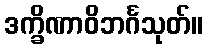
ဒက္ခိဏာဝိဘင်္ဂသုတ်။